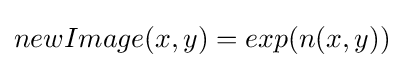
newImage(x,y)=exp(n(x,y))